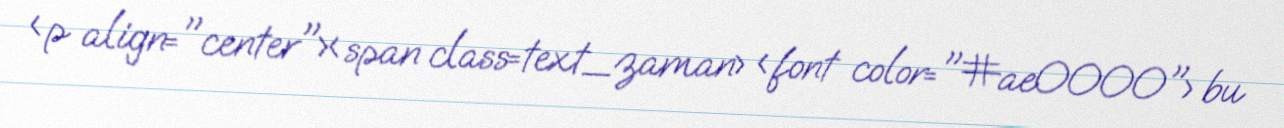
<p align="center"><span class=text_zaman> <font color="#ae0000"> bu